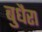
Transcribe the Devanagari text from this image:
बुधैरा